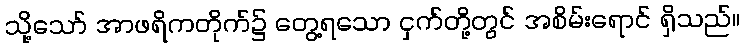
သို့သော် အာဖရိကတိုက်၌ တွေ့ရသော ငှက်တို့တွင် အစိမ်းရောင် ရှိသည်။